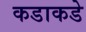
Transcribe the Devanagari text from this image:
कडाकडे